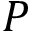
P